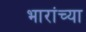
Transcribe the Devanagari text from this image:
भारांच्या